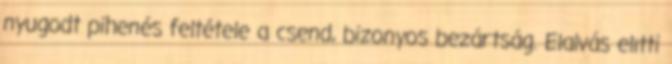
nyugodt pihenés feltétele a csend, bizonyos bezártság. Elalvás elıtti